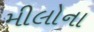
મીલોના